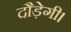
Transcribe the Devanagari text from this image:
दौड़ेगी।